Report of the Municipal Commissioner on the plague in Bombay for the year ending 31st May... - Volume 2
Disease focus: Plague
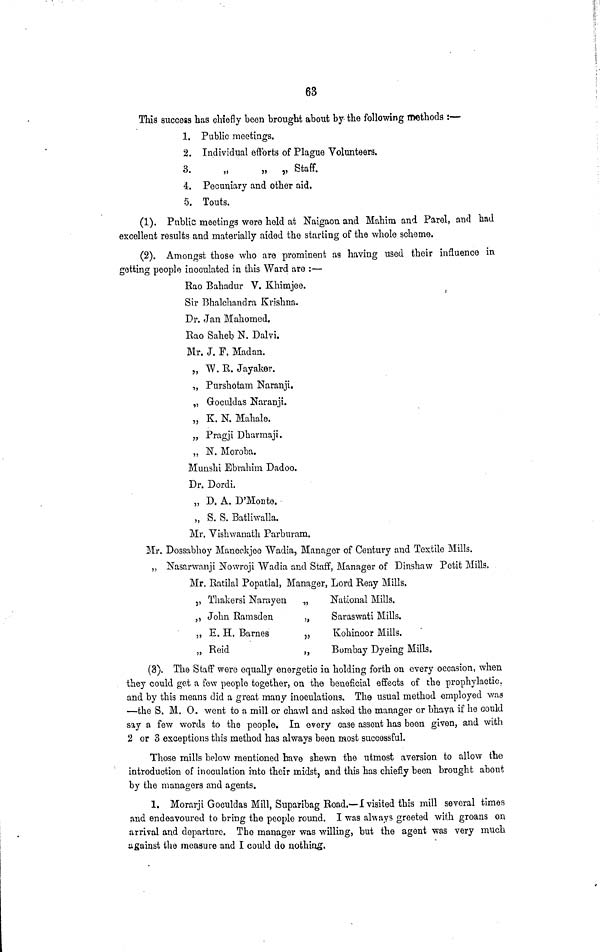
63
This success has chiefly been brought about by the following methods :—
1. Public meetings.
2. Individual efforts of Plague Volunteers.
3.
„
„ ,, Staff.
4. Pecuniary and other aid.
5. Touts.
(1). Public meetings were held at Naigaou and Mahim and Parel, and had
excellent results and materially aided the starting of the whole scheme.
(2). Amongst those who are prominent as having used their influence in
getting people inoculated in this Ward are :—
Rao Bahadur V. Khimjee.
Sir Bhalchandra Krishna.
Dr. Jan Mahomed.
Rao Saheb N. Dalvi.
Mr. J. F. Madan.
„ W. R. Jayaker.
„ Purshotam Naranji.
„ Goculdas Naranji.
„ K. N. Mahale.
„ Pragji Dharmaji.
„ N. Moroba.
Munshi Ebrahim Dadoo.
Dr. Dordi.
„ D. A. D'Monte.
„ S. S. Batliwalla.
Mr. Vishwanath Parburam.
Mr. Dossabhoy Maneckjee Wadia, Manager of Century and Textile Mills.
„ Nasarwanji Nowroji Wadia and Staff, Manager of Dinshaw Petit Mills.
Mr. Ratilal Popatlal, Manager, Lord Reay Mills.
,, Thakersi Narayen
„
National Mills.
,, John Ramsden
„
Saraswati Mills.
„ E. H. Barnes
„
Kohinoor Mills.
„ Reid
„
Bombay Dyeing Mills.
(3). The Staff were equally energetic in holding forth on every occasion, when
they could got a few people together, on the beneficial effects of the prophylactic,
and by this means did a great many inoculations. The usual method employed was
—the S. M. O. went to a mill or chawl and asked the manager or bhaya if he could
say a few words to the people. In every case assent has been given, and with
2 or 3 exceptions this method has always been most successful.
Those mills below mentioned have shewn the utmost aversion to allow the
introduction of inoculation into their midst, and this has chiefly been brought about
by the managers and agents.
1. Morarji Goculdas Mill, Suparibag Road.—I visited this mill several times
and endeavoured to bring the people round. I was always greeted with groans on
arrival and departure. The manager was willing, but the agent was very much
against the measure and I could do nothing.